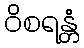
ဝိစရန္တံ